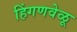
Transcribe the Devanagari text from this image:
हिंगणवेळू